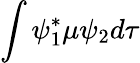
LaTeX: \int\psi_{1}^{*}\mu\psi_{2}d\tau